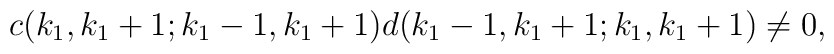
c(k_{1}, k_{1}+1; k_{1}-1, k_{1}+1)d(k_{1}-1, k_{1}+1; k_{1}, k_{1}+1) \neq 0,